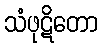
သံဖုဋိတော